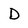
Character: D